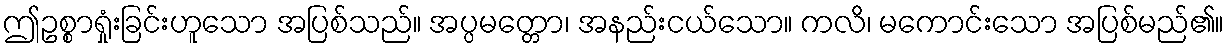
ဤဥစ္စာရှုံးခြင်းဟူသော အပြစ်သည်။ အပ္ပမတ္တော၊ အနည်းငယ်သော။ ကလိ၊ မကောင်းသော အပြစ်မည်၏။